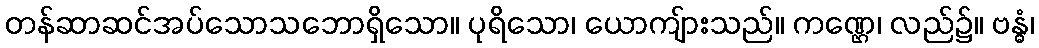
တန်ဆာဆင်အပ်သောသဘောရှိသော။ ပုရိသော၊ ယောကျ်ားသည်။ ကဏ္ဌေ၊ လည်၌။ ဗန္ဓံ၊